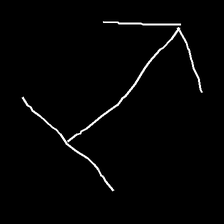
Glyph: levitation